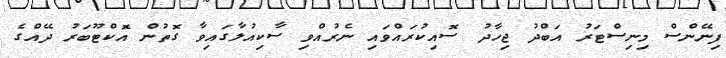
ފިނޭންސް މިނިސްޓަރު އަބްދު ޖިހާދު ސޮއިކުރައްވައި ނެރުއްވި ސާކިއުލާގައިވާ ގޮތުން އޮކްޓޫބަރު ދޭއްގެ